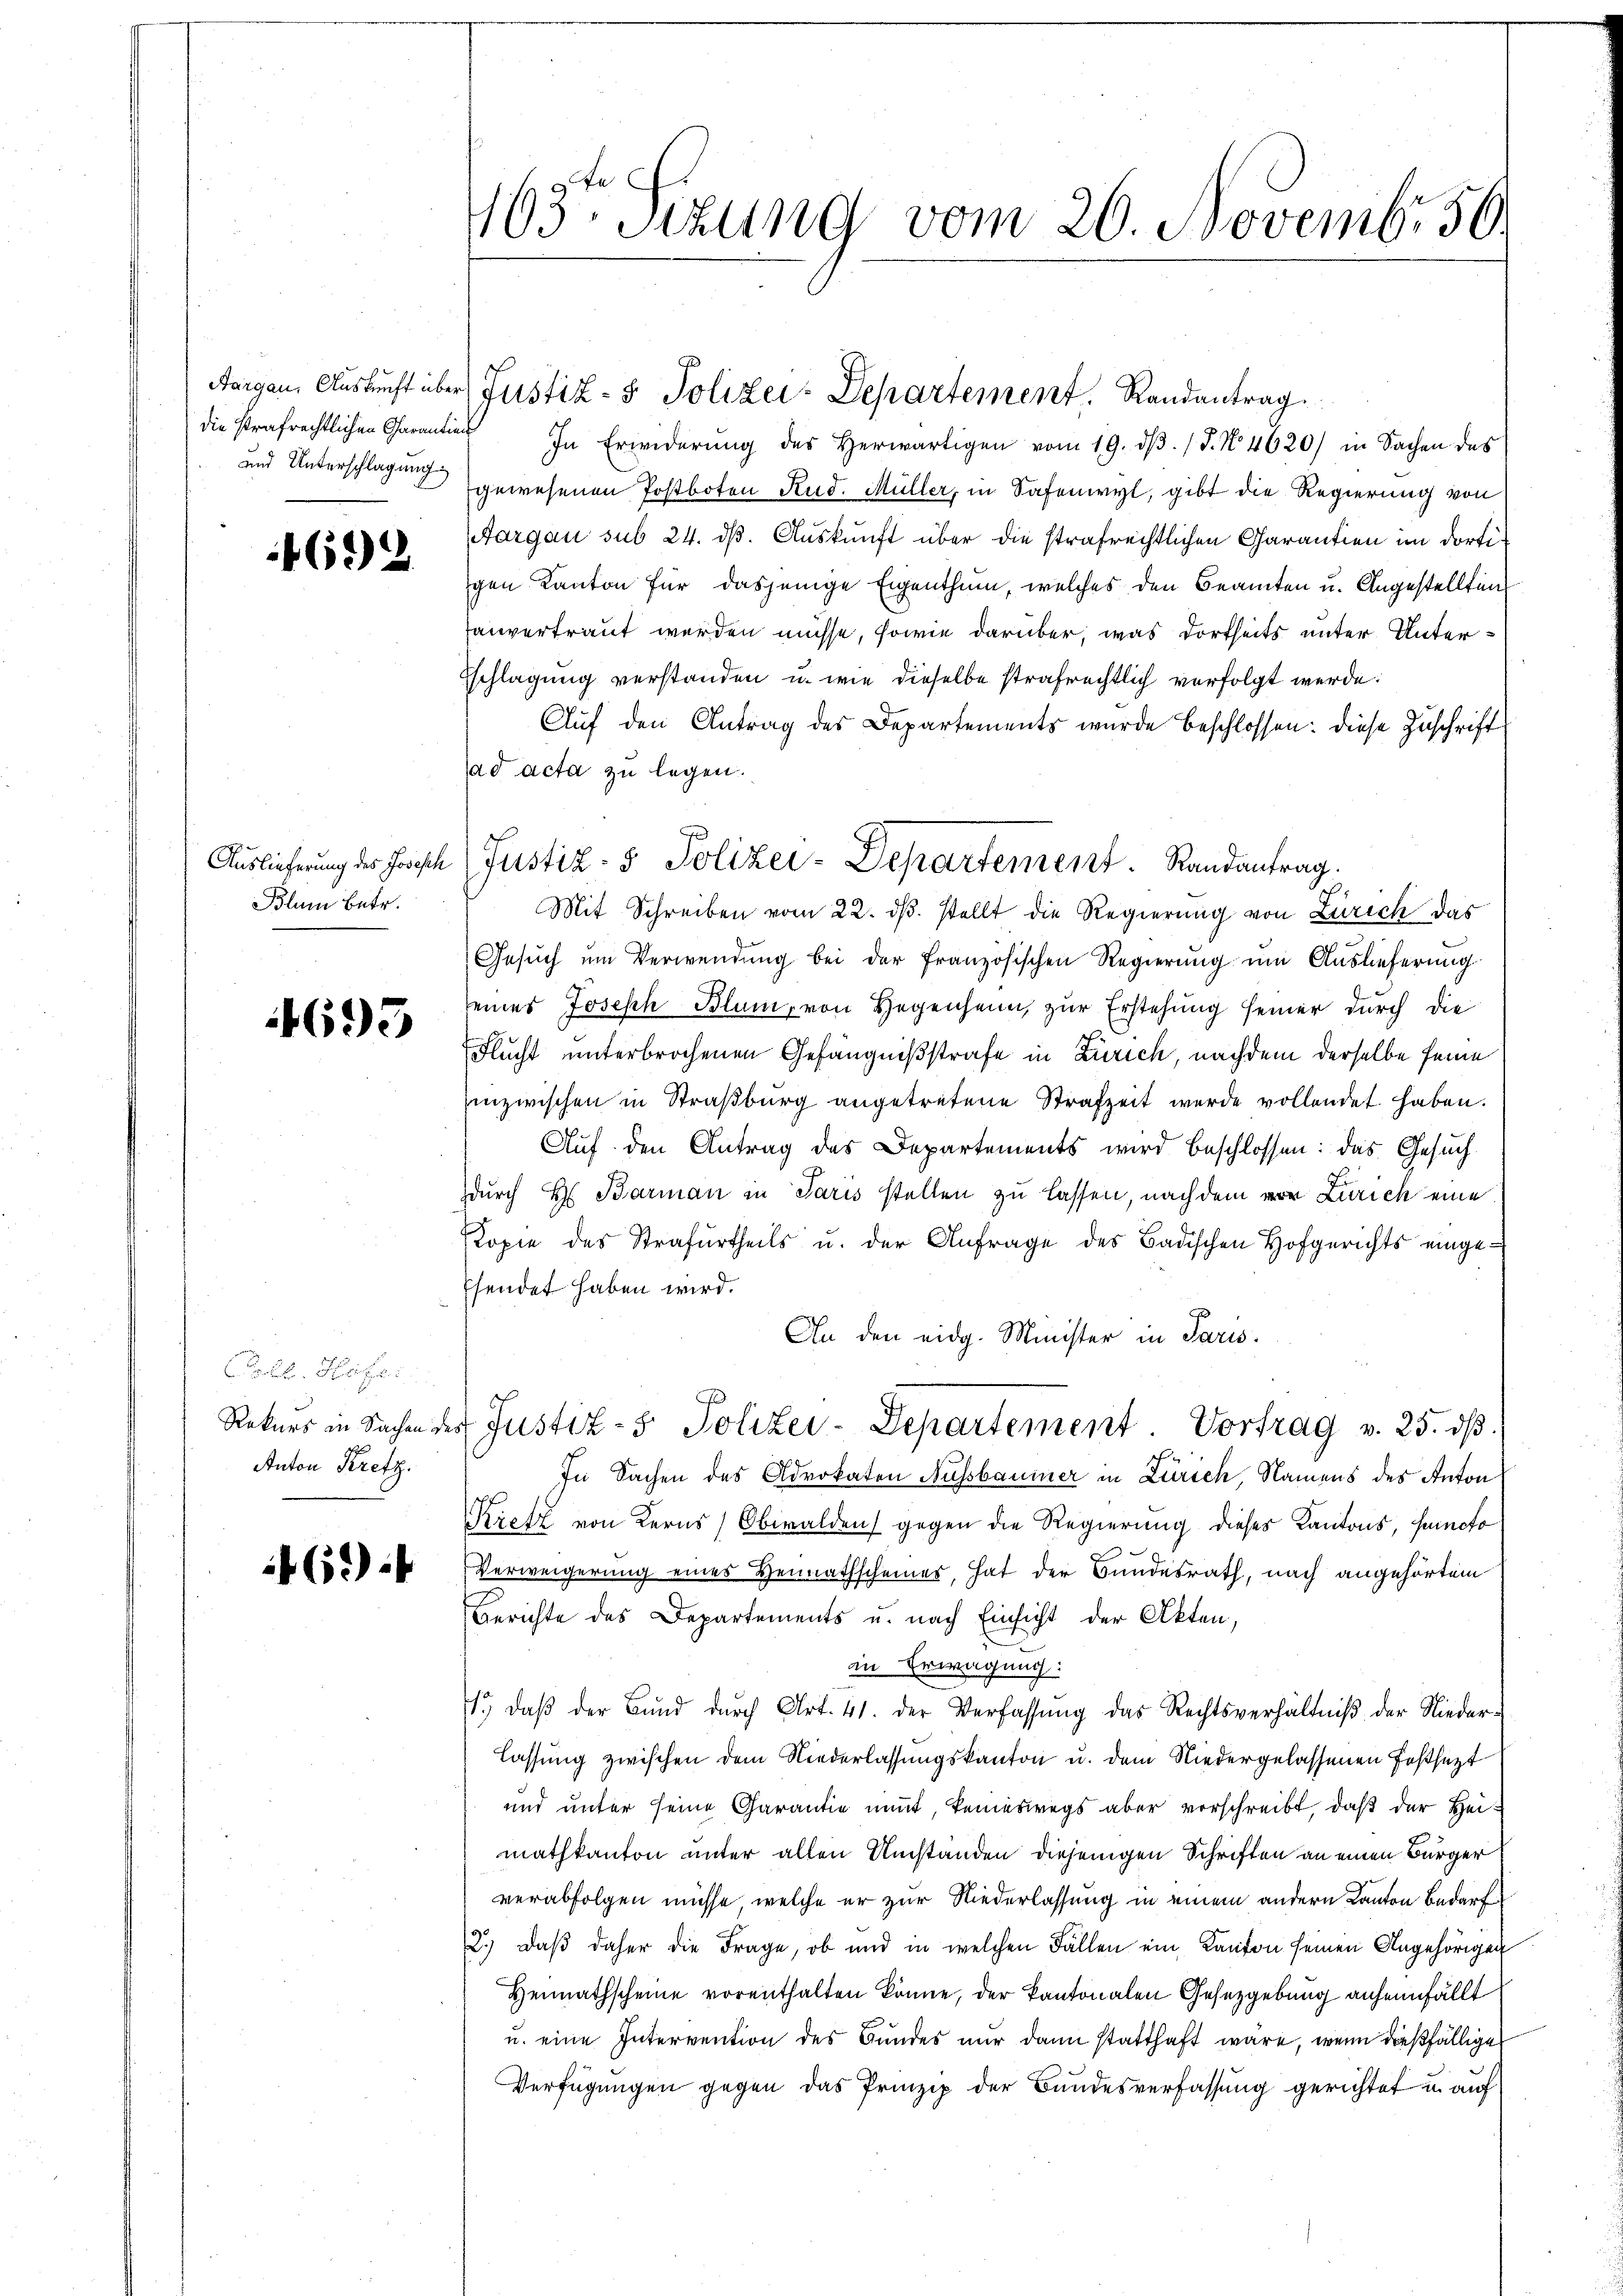
Aargau, Auskunft über
die strafrechtlichen Charantin
und Unterschlagung

692

Auslieferung des Josefch
Blum betr.

4695

Kais
Rekurs in Sachen de
Anton Kretz.

46)

163. Sizung vom 20. Novembr 56

In Erwiderŭng des herwärtigen vom 19. dβ. /J. No. 4620) in Sachen des
gewesenen Postboten Rud. Müller, in Safenwyl, gibt die Regierung von
Aargau sub 24. ds. Auskunft über die strafrechtlichen Carantien im dortigen Kanton für dasjenige Eigenthum, welches den Beamten u. Angestellten
anvertraut werden müsse, sowie darüber, was dortseits unter Unterschlagung verstanden u. wie dieselbe strafrechtlich verfolgt werde.
Auf den Antrag des Departements wurde beschlossen: diese Zuschrift
ad acta zu legen.
Mit Schreiben vom 22. dβ. stellt die Regierung von Zürich das
Gesuch um Verwendung bei der französischen Regierung um Auslieferung
eines Joseph Blum, von Gegenheim, zur Erstehung seiner durch die
Flucht unterbrochenen Gefängnißstrafe in Zürich, nachdem derselbe feine
inzwischen in Straßburg angetretene Strafzeit werde vollendet haben.
Auf den Antrag des Departements wird beschlossen: das Gesuch
durch H: Barman in Paris stellen zu lassen, nach dem von Zürich eine
Kopie des Strafurtheils u. der Anfrage des Badischen Hofgerichts eingesendet haben wird.
An den eidg. Minister in Paris.
Justiz- 5. Polizei-Departement. Vortrag v. 25. dβ
In Sachen des Advokaten Aussbaumer in Zürich, Namens des Anton
Kiefz von Kerns, Obwalden gegen die Regierung dieses Kantons, sofo
Verweigerung eines Heimathscheines, hat der Bundesrath, nach angehörtem
Berichte des Departements u. nach Einsicht der Akten,
in Erwägung:
1., daβ der Bund durch Art. 41. der Verfassŭng das Rechtsverhältniß der Niederlassung zwischen dem Niederlassungskanton u. dem Niedergelassenen Festsezt
und unter seine Garantie nimt, keineswegs aber vorschreibt, daß der Heimathkanton unter allen Umständen diejenigen Schriften an einen Bürger
verabfolgen müsse, welche er zur Niederlassung in einem andern Kanton Bedarf
2.) Daß daher die Frage, ob und in welchen Fällen ein Kanton seinen Angehörigen
Heimathscheine vorenthalten könne, der Kantonalen Gesetzgebung anheimfällt
u. eine Intervention des Bundes nur dann statthaft wäre, wenn dießfällige
Verfügungen gegen das Prinzip der Bundesverfassung gerichtet in auf

Justiz- & Polizei-Departement. Randantrag.

Justiz- & Polizei-Departement. Randantrag